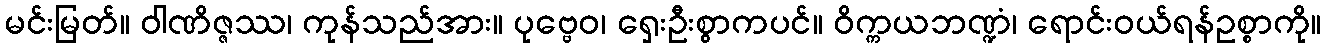
မင်းမြတ်။ ဝါဏိဇ္ဇဿ၊ ကုန်သည်အား။ ပုဗ္ဗေဝ၊ ရှေးဦးစွာကပင်။ ဝိက္ကယဘဏ္ဍံ၊ ရောင်းဝယ်ရန်ဥစ္စာကို။